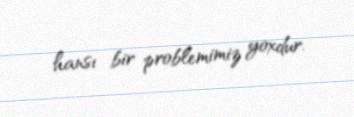
hansı bir problemimiz yoxdur.